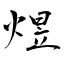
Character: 煜